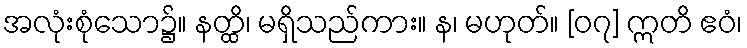
အလုံးစုံသော၌။ နတ္ထိ၊ မရှိသည်ကား။ န၊ မဟုတ်။ [၀၇] ဣတိ ဧဝံ၊